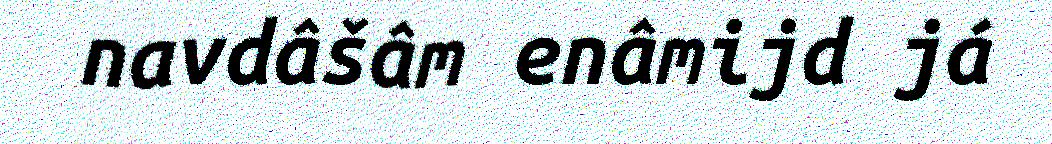
navdâšâm enâmijd já